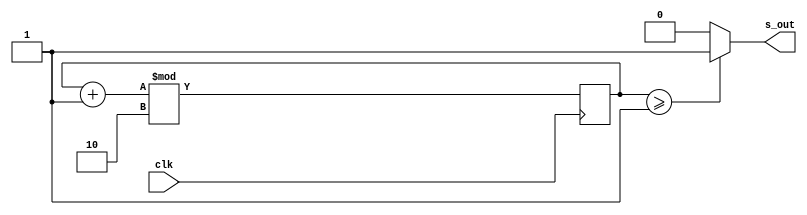
module frqdivmod(clk, s_out);
parameter DIV=2;
// calculated parameters
parameter WITH = ($clog2(DIV+1)>0) ? $clog2(DIV+1) : 1;

input wire clk;
output wire s_out;

reg clk_n; 

reg [(WITH-1):0] pos_cnt; 
reg [(WITH-1):0] neg_cnt; 

wire [(WITH-1):0] div_value = DIV[(WITH-1):0];

initial begin
	clk_n <= 1'b0;
	pos_cnt <= {(WITH){1'b0}};
	neg_cnt <= {(WITH){1'b0}};
end

assign s_out = (DIV==1) ? clk : clk_n;

always @ (posedge clk) begin
	pos_cnt <= (pos_cnt + 1'b1) % div_value;
end

always @ (negedge clk) begin
	neg_cnt <= (neg_cnt + 1'b1) % div_value;
end

always @(clk, pos_cnt, neg_cnt) begin //pos_cnt in sens list addd for resolve warning "variable is read inside the Always Construct but isn't in the Always Construct's Event Control"
	if ((DIV%2) == 1'b0) begin
		clk_n <= ( pos_cnt >= (DIV/2)) ? 1'b1 : 1'b0;
	end else begin
		clk_n <= (( pos_cnt > (DIV/2)) || ( neg_cnt > (DIV/2))) ? 1'b1 : 1'b0;
	end
end
	
endmodule